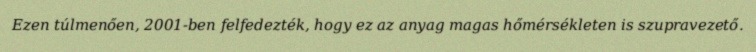
Ezen túlmenően, 2001-ben felfedezték, hogy ez az anyag magas hőmérsékleten is szupravezető.